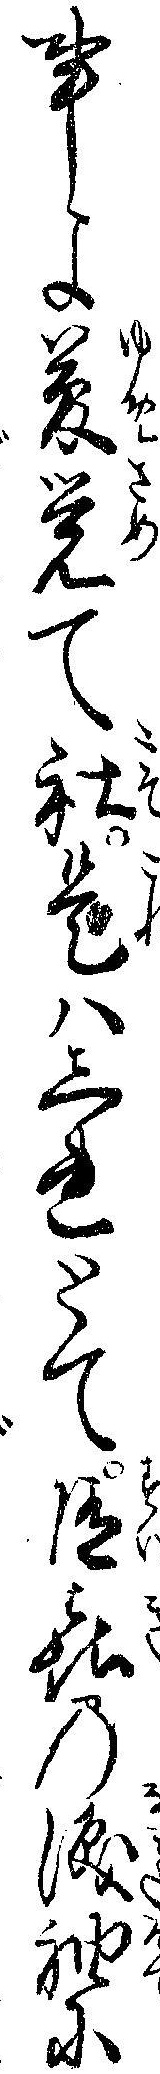
事よ夢覚て社是ハしれとて随㐂の涙袖に